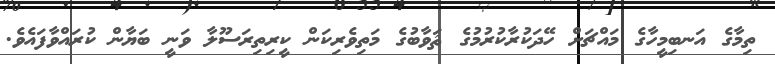
ތިމާގެ އަނބިމީހާގެ މައްޗަށް ހޭދަކުރާކުރުމުގެ ޘަވާބުގެ މަތިވެރިކަން ކީރިތިރަސޫލާ ވަނީ ބަޔާން ކުރައްވާފައެވެ.